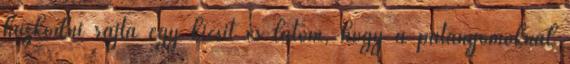
húzkodni rajta egy kicsit és látom, hogy a patanyomoknál